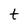
Character: t